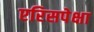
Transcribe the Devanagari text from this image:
एरिसपेक्षा